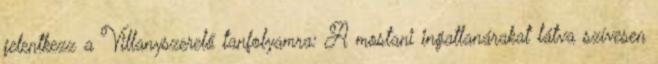
jelentkezz a Villanyszerelő tanfolyamra: A mostani ingatlanárakat látva szívesen